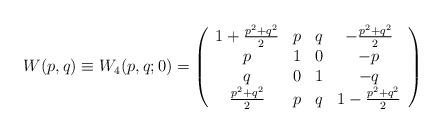
LaTeX: \begin{align*}W(p, q) \equiv W_4(p, q; 0) = \left( \begin{array}{cccc}1+ \frac{p^2 + q^2 }{2} & p & q & -\frac{p^2 + q^2 }{2} \\p & 1 & 0 & -p \\q & 0 & 1 & -q \\\frac{p^2 + q^2 }{2} & p & q & 1 -\frac{p^2 + q^2 }{2}\end{array}\right)\end{align*}